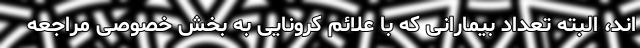
اند، البته تعداد بیمارانی که با علائم کرونایی به بخش خصوصی مراجعه